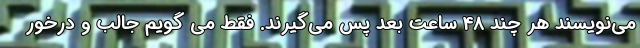
می‌نویسند هر چند 48 ساعت بعد پس می‌گیرند. فقط می گویم جالب و درخور